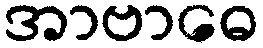
အာဗာဓေ